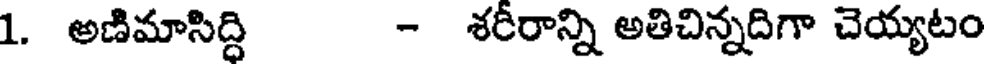
1. అణిమాసిద్ధి - శరీరాన్ని అతిచిన్నదిగా చెయ్యటం